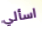
اسألي